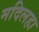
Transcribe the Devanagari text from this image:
मदिलहा